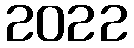
2022